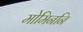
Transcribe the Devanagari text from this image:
मोमिननि